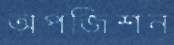
অপজিশন